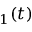
_ 1 ( t )